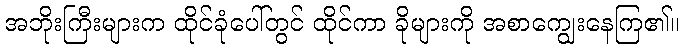
အဘိုးကြီးများက ထိုင်ခုံပေါ်တွင် ထိုင်ကာ ခိုများကို အစာကျွေးနေကြ၏။